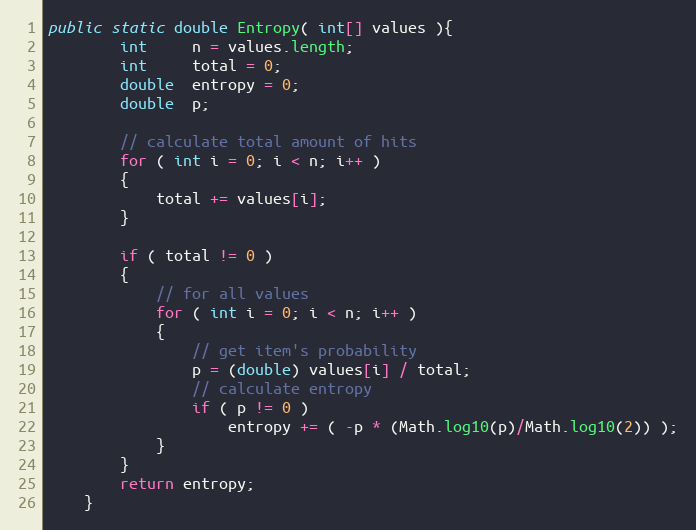
Language: Java
public static double Entropy( int[] values ){
        int     n = values.length;
        int     total = 0;
        double  entropy = 0;
        double  p;

        // calculate total amount of hits
        for ( int i = 0; i < n; i++ )
        {
            total += values[i];
        }

        if ( total != 0 )
        {
            // for all values
            for ( int i = 0; i < n; i++ )
            {
                // get item's probability
                p = (double) values[i] / total;
                // calculate entropy
                if ( p != 0 )
                    entropy += ( -p * (Math.log10(p)/Math.log10(2)) );
            }
        }
        return entropy;
    }